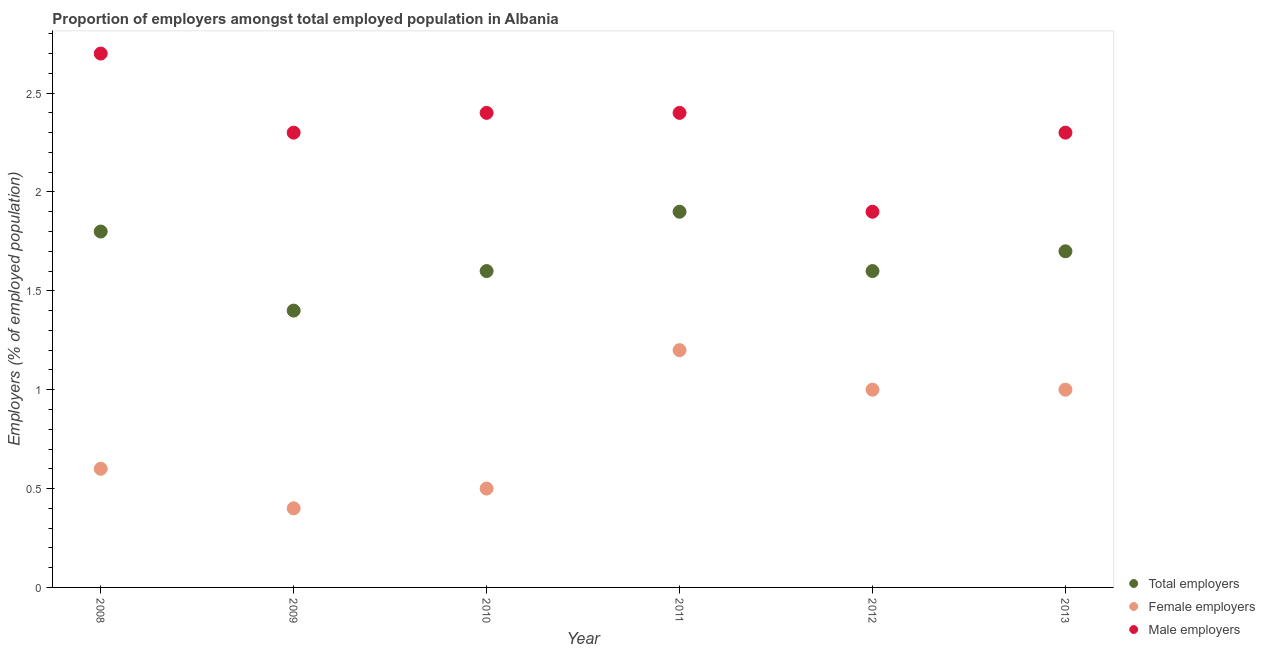
| Year | Total employers | Female employers | Male employers |
 | --- | --- | --- | --- |
 | 2008 | 1.8 | 0.6 | 2.7 |
 | 2009 | 1.4 | 0.4 | 2.3 |
 | 2010 | 1.6 | 0.5 | 2.4 |
 | 2011 | 1.9 | 1.2 | 2.4 |
 | 2012 | 1.6 | 1 | 1.9 |
 | 2013 | 1.7 | 1 | 2.3 |